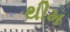
થીમ